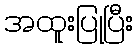
အထူးပြုပြီး